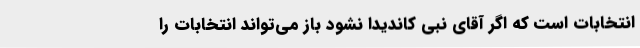
انتخابات است که اگر آقای نبی کاندیدا نشود باز می‌تواند انتخابات را